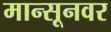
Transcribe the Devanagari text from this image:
मान्सूनवर